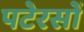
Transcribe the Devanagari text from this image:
पटेरसों